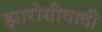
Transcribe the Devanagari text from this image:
झारोसीवादी